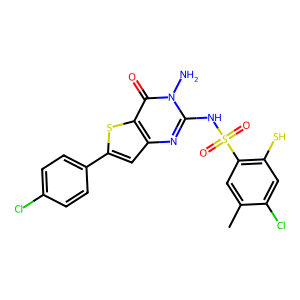
SMILES: Cc1cc(S(=O)(=O)Nc2nc3cc(-c4ccc(Cl)cc4)sc3c(=O)n2N)c(S)cc1Cl
Inhibits HIV replication: No